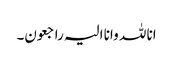
انا للہ وانا الیہ راجعون۔